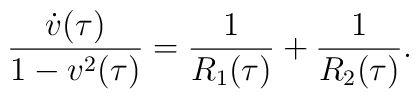
\frac{\dot{v}(\tau)}{1 - v^{2}(\tau)} = \frac{1}{R_{1}(\tau)} + \frac{1}{R_{2}(\tau)}.